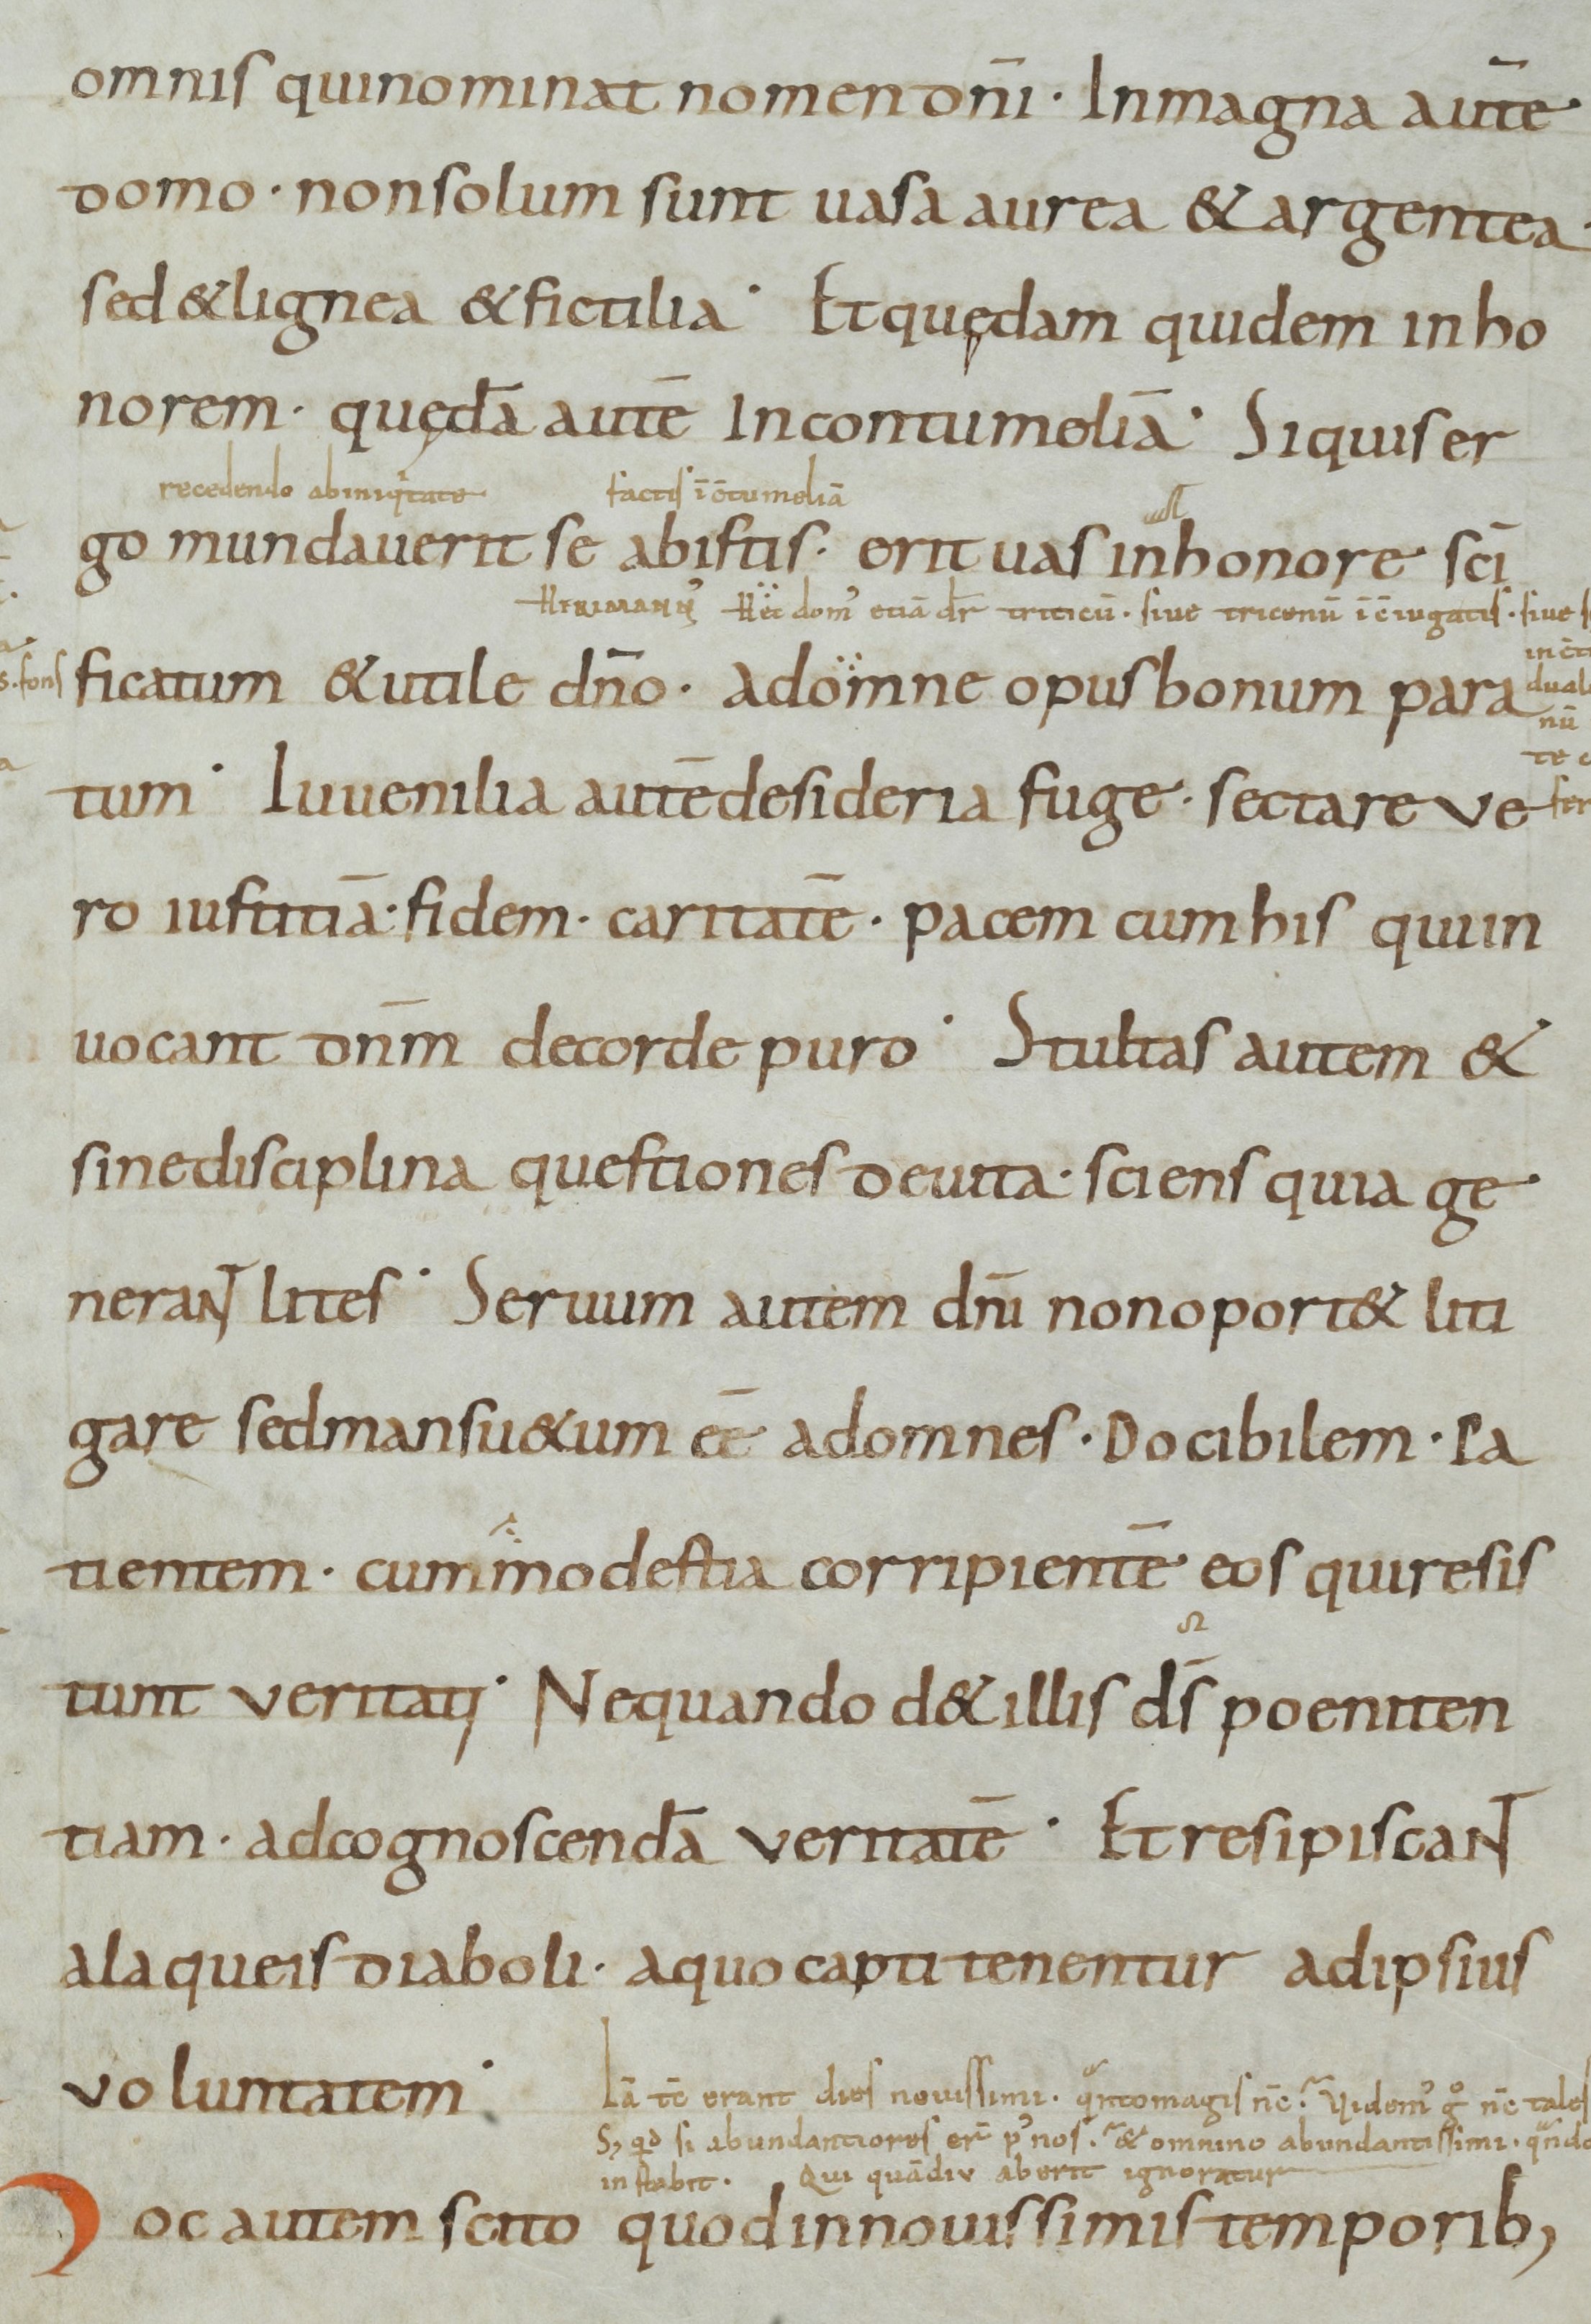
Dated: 800–899